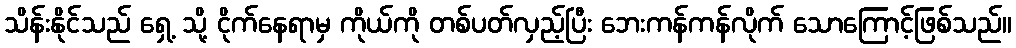
သိန်းနိုင်သည် ရှေ့ သို့ ငိုက်နေရာမှ ကိုယ်ကို တစ်ပတ်လှည့်ပြီး ဘေးကန်ကန်လိုက် သောကြောင့်ဖြစ်သည်။